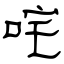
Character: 咤